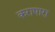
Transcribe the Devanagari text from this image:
करापारा